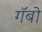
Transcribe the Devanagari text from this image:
गॅबो